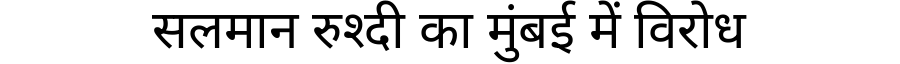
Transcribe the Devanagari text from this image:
सलमान रुश्दी का मुंबई में विरोध